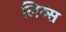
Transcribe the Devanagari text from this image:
लिव्स